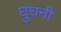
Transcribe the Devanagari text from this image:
घुघनी